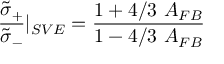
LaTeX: { \frac { \tilde { \sigma } _ { + } } { \tilde { \sigma } _ { - } } } \vert _ { S V E } = { \frac { 1 + 4 / 3 \ A _ { F B } } { 1 - 4 / 3 \ A _ { F B } } }